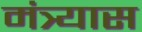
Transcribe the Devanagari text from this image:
मंत्र्यास